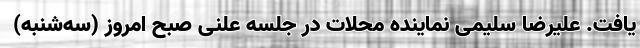
یافت. علیرضا سلیمی نماینده محلات در جلسه علنی صبح امروز (سه‌شنبه)